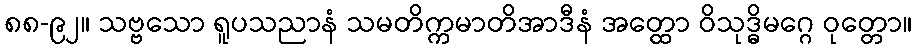
၈၈-၉၂။ သဗ္ဗသော ရူပသညာနံ သမတိက္ကမာတိအာဒီနံ အတ္ထော ဝိသုဒ္ဓိမဂ္ဂေ ဝုတ္တော။